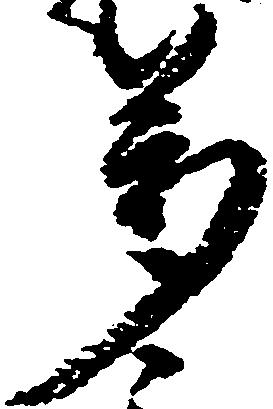
万